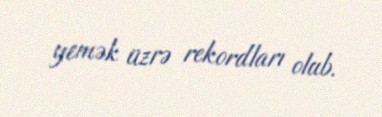
yemək üzrə rekordları olub.